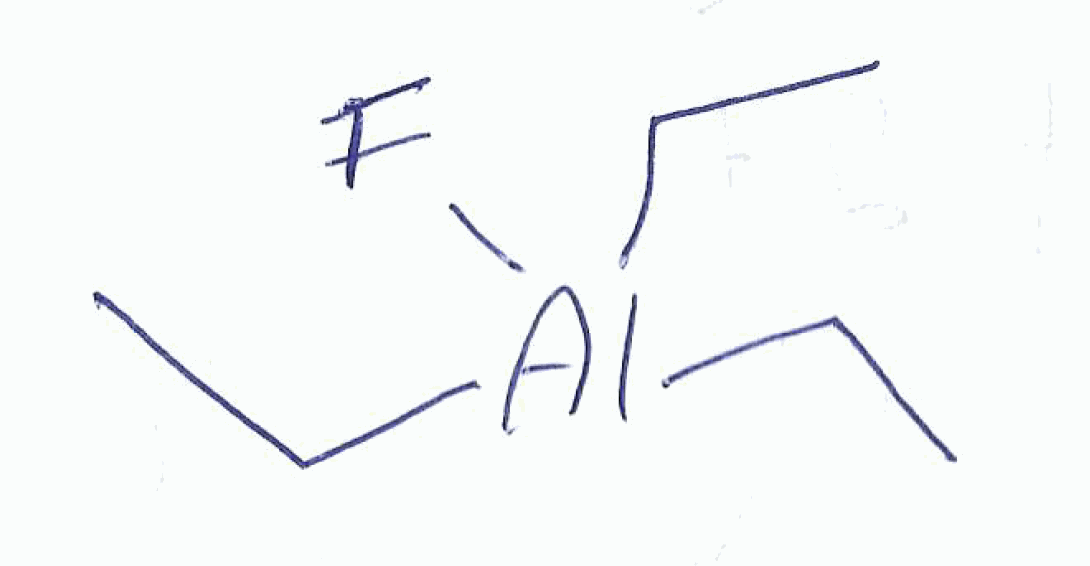
Simplified molecular-input line-entry system (SMILES) notation of the given molecule:
CC[Al-](CC)(CC)F